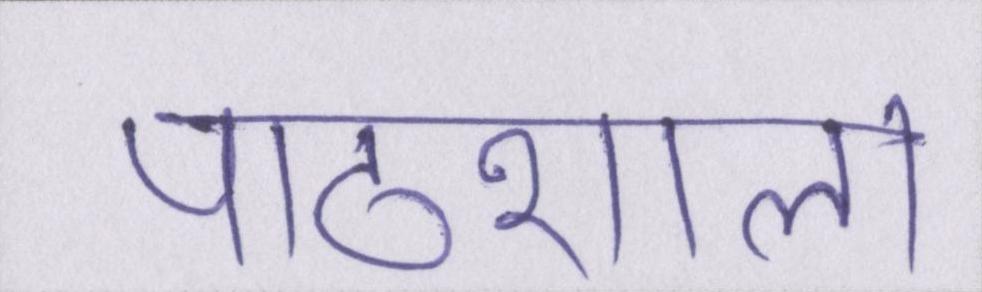
पाठशाला